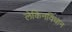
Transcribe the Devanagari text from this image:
लेकिनविधान